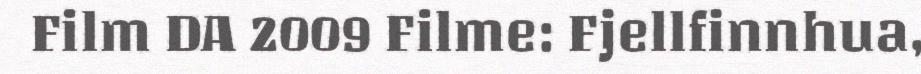
Film DA 2009 Filme: Fjellfinnhua,